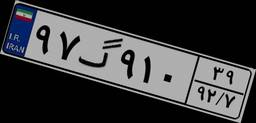
۹۷گ۹۱۰۳۹